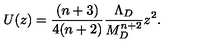
U ( z ) = \frac { ( n + 3 ) } { 4 ( n + 2 ) } \frac { \Lambda _ { D } } { M _ { D } ^ { n + 2 } } z ^ { 2 } .